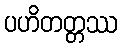
ပဟိတတ္တဿ